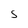
Character: S